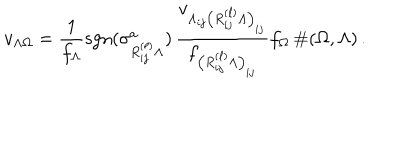
v _ { \Lambda \Omega } = \frac { 1 } { f _ { \Lambda } } \mathrm { { s g n } } ( \sigma _ { R _ { i j } ^ { ( \ell ) } \Lambda } ^ { a } ) \, \frac { v _ { \Lambda _ { i j } \left( R _ { i j } ^ { ( \ell ) } \Lambda \right) _ { i j } } } { f _ { \left( R _ { i j } ^ { ( \ell ) } \Lambda \right) _ { i j } } } f _ { \Omega } \, \# ( \Omega , \Lambda ) \, .